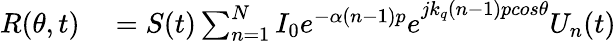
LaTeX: \begin{array}{rl}{R(\theta,t)}&{{}=S(t)\sum_{n=1}^{N}{I_{0}e^{-\alpha(n-1)p}e}^{jk_{q}(n-1)pcos\theta}U_{n}(t)}\end{array}